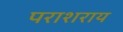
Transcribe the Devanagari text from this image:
पराशराय